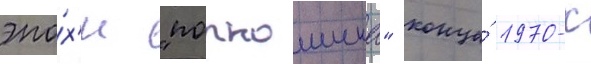
эпо́х'и "порношика" конца́ 1970-х